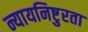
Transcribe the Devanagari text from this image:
न्यायनिष्टुरता